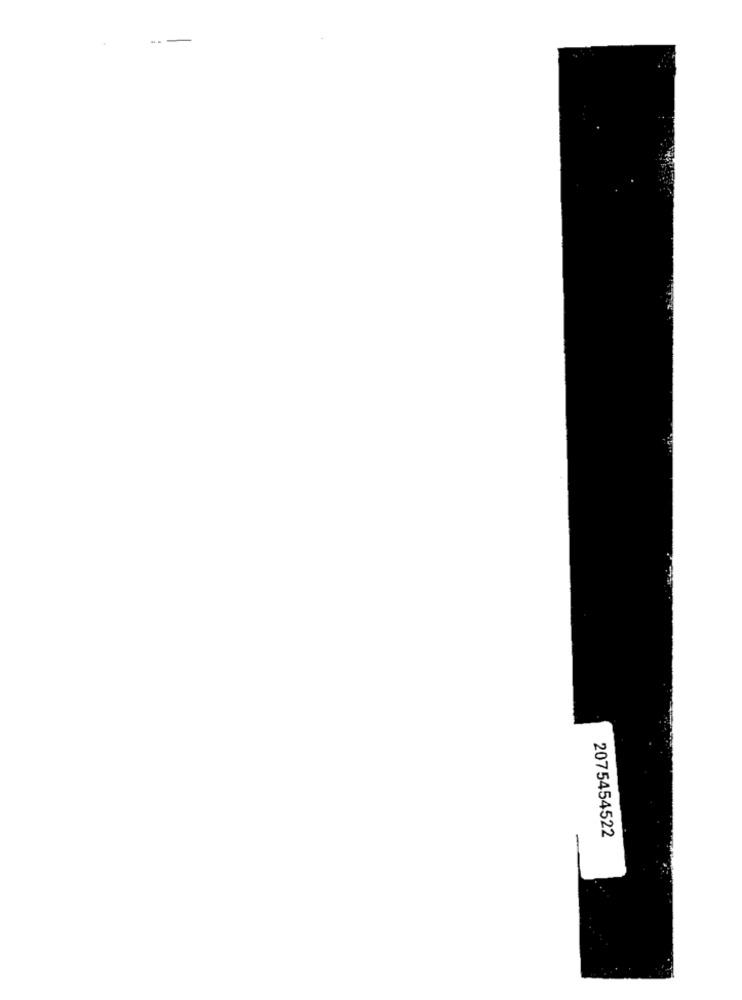
2075454522